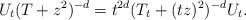
LaTeX: \begin{align*}U_t(T+z^2)^{-d}=t^{2d}(T_t+(tz)^2)^{-d}U_t.\end{align*}